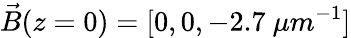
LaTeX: \vec{B}(z=0)=[0,0,-2.7~\mu m^{-1}]